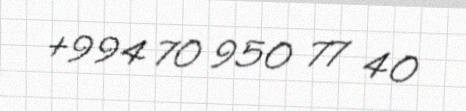
+994 70 950 77 40